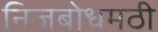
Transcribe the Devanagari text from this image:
निजबोधमठी